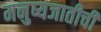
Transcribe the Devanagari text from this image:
मनुष्यजातीची